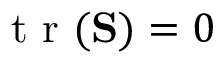
\textrm { t r } ( \mathbf { S } ) = 0